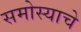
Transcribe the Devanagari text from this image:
समोस्याचे